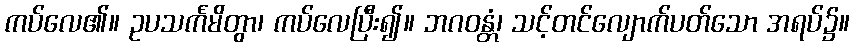
ကပ်လေ၏။ ဥပသင်္ကမိတွာ၊ ကပ်လေပြီး၍။ ဘဂဝန္တံ၊ သင့်တင်လျောက်ပတ်သော အရပ်၌။